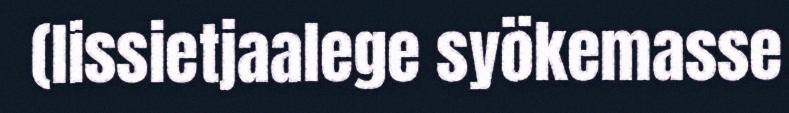
(lissietjaalege syökemasse